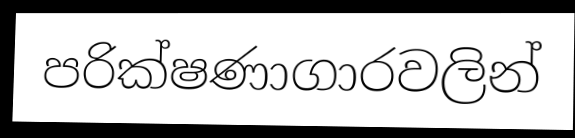
පරික්ෂණාගාරවලින්